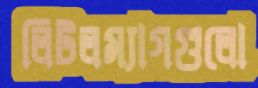
লিটলম্যাগগুলো